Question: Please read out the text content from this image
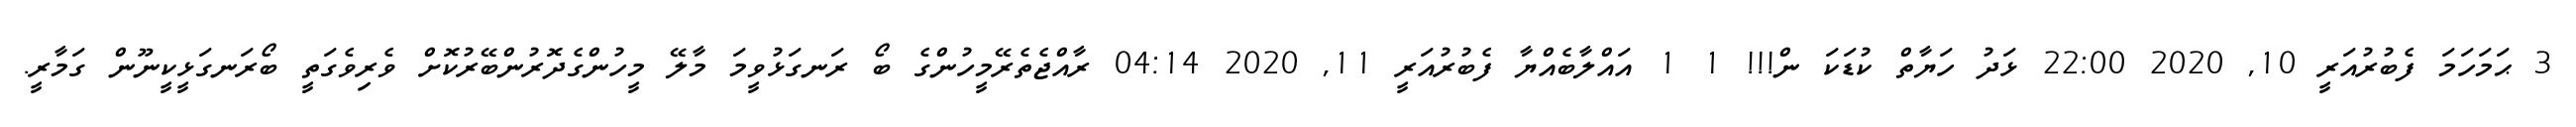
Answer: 3 ޙަމަހަމަ ފެބުރުއަރީ 10, 2020 22:00 ޅަދު ހަޔާތް ކުޑަކަ ން!!! 1 1 އައްލާބެއްޔާ ފެބުރުއަރީ 11, 2020 04:14 ރާއްޖެތެރޭމީހުންގެ ބޯ ރަނގަޅުވީމަ މާލޭ މީހުންގެދޮރުންބޭރުކޮށް ވެރިވެގަތީ ބޯރަނގަޅީކީނޫން ގަމާރީ.